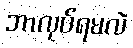
ဘာလုပ်ရမလဲ